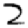
Digit: 2